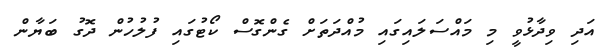
އަދި ވިދާޅުވީ މި މައްސަލައިގައި މުއްދަތަށް ގެންގޮސް ކޯޓުގައި ފުލުހުން ދޮގު ބަޔާން